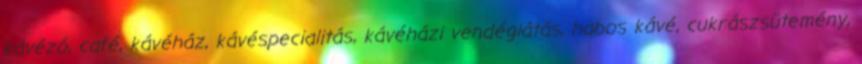
kávézó, café, kávéház, kávéspecialitás, kávéházi vendéglátás, habos kávé, cukrászsütemény,